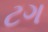
ટગ